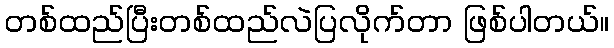
တစ်ထည်ပြီးတစ်ထည်လဲပြလိုက်တာ ဖြစ်ပါတယ်။